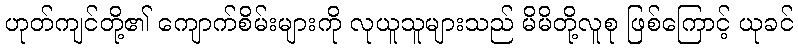
ဟုတ်ကျင်တို့၏ ကျောက်စိမ်းများကို လုယူသူများသည် မိမိတို့လူစု ဖြစ်ကြောင့် ယုခင်